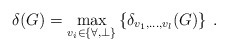
\begin{align*}\delta (G) = \max_{v_i \in \{ \forall,\perp\}} \left\{ \delta_{v_1,\ldots,v_l}(G) \right\} \: .\end{align*}